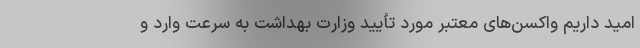
امید داریم واکسن‌های معتبر مورد تأیید وزارت بهداشت به سرعت وارد و